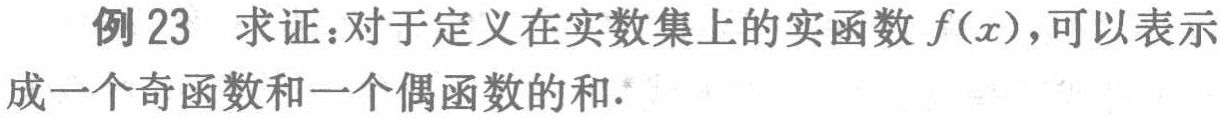
例 23 求证：对于定义在实数集上的实函数 \(f(x)\)，可以表示成一个奇函数和一个偶函数的和.